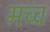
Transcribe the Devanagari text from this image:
मच्च